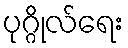
ပုဂ္ဂိုလ်ရေး